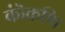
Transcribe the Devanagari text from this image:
कॊंकणि